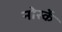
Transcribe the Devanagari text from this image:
नोर्स्के